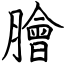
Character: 膾